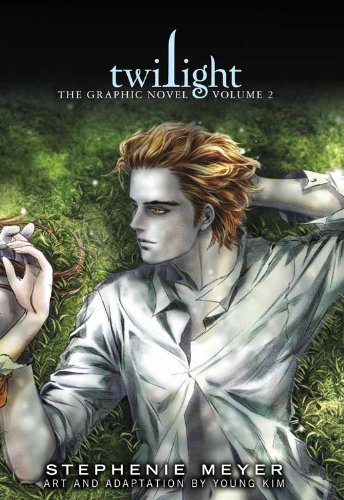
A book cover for Twilight: The Graphic Novel, Vol. 2 (The Twilight Saga); Stephenie Meyer; Comics & Graphic Novels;